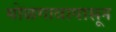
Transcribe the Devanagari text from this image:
मोळगावापासून